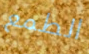
الطمع